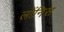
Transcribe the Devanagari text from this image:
लोंनिस